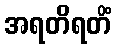
အရတိရတိံ